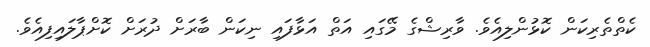
ކެތްތެރިކަން ކޮޅުންލިއެވެ. ވާރިޝްގެ މޭގައި އަތް އަޅާފައި ނިކަން ބާރަށް ދުރަށް ކޮށްޕާލައިފިއެވެ.